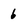
Character: 6